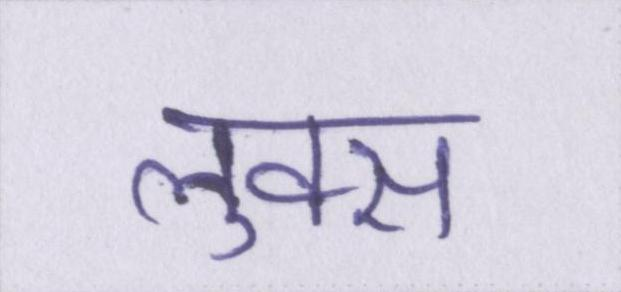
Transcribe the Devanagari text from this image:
लुक्स